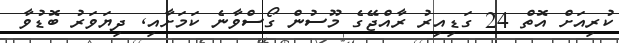
ކުރިއަށް އޮތް 24 ގަޑިއިރު ރާއްޖޭގެ މޫސުން ގޯސްވާނެ ކަމަށާއި